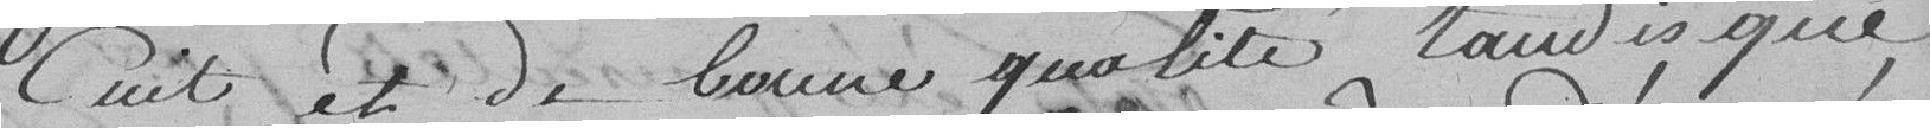
cuit et de bonne qualité tandis que